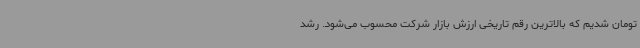
تومان شدیم که بالاترین رقم تاریخی ارزش بازار شرکت محسوب می‌شود. رشد